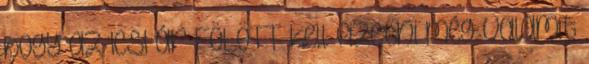
hogy az ICSI ár FÖLÖTT kell fizetni még valamit